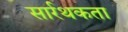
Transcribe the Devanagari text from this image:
सार्रथकता